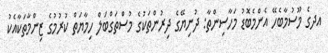
އދގެ މޫސުމާބެހޭ އެންމެބޮޑު މަހާސިންތާ: ދުނިޔޭގެ ދިރުންތަކުގެ މުސްތަގްބަލް ހިމާޔަތް ކުރުމުގެ ޒިންމާތަކާއެކު